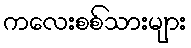
ကလေးစစ်သားများ